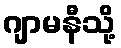
ဂျာမနီသို့